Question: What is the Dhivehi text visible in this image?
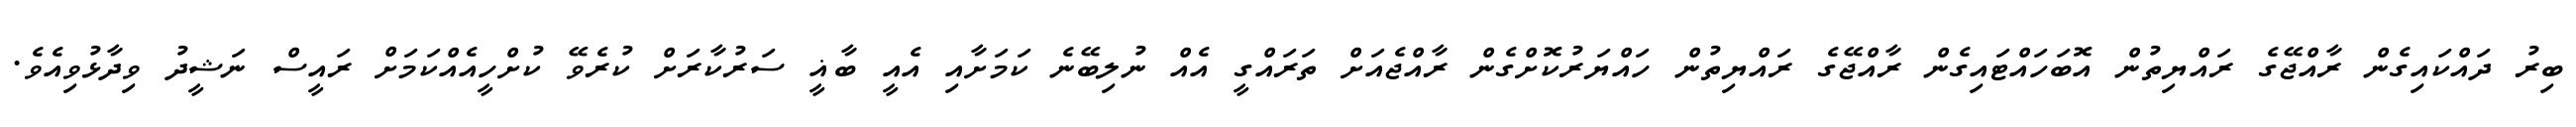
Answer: ބިރު ދައްކައިގެން ރާއްޖޭގެ ރައްޔިތުން އޮބަހައްޓައިގެން ރާއްޖޭގެ ރައްޔިތުން ހައްޔަރުކޮށްގެން ރާއްޖެއަށް ތަރައްގީ އެއް ނުލިބޭނެ ކަމަށާއި އެއީ ބާޣީ ސަރުކާރަށް ކުރެވޭ ކުށްހީއެއްކަމަށް ރައީސް ނަޝީދު ވިދާޅުވިއެވެ.